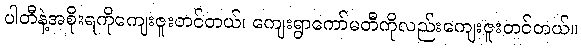
ပါတီနဲ့အစိုးရကိုကျေးဇူးတင်တယ်၊ ကျေးရွာကော်မတီကိုလည်းကျေးဇူးတင်တယ်။